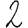
Digit: 2